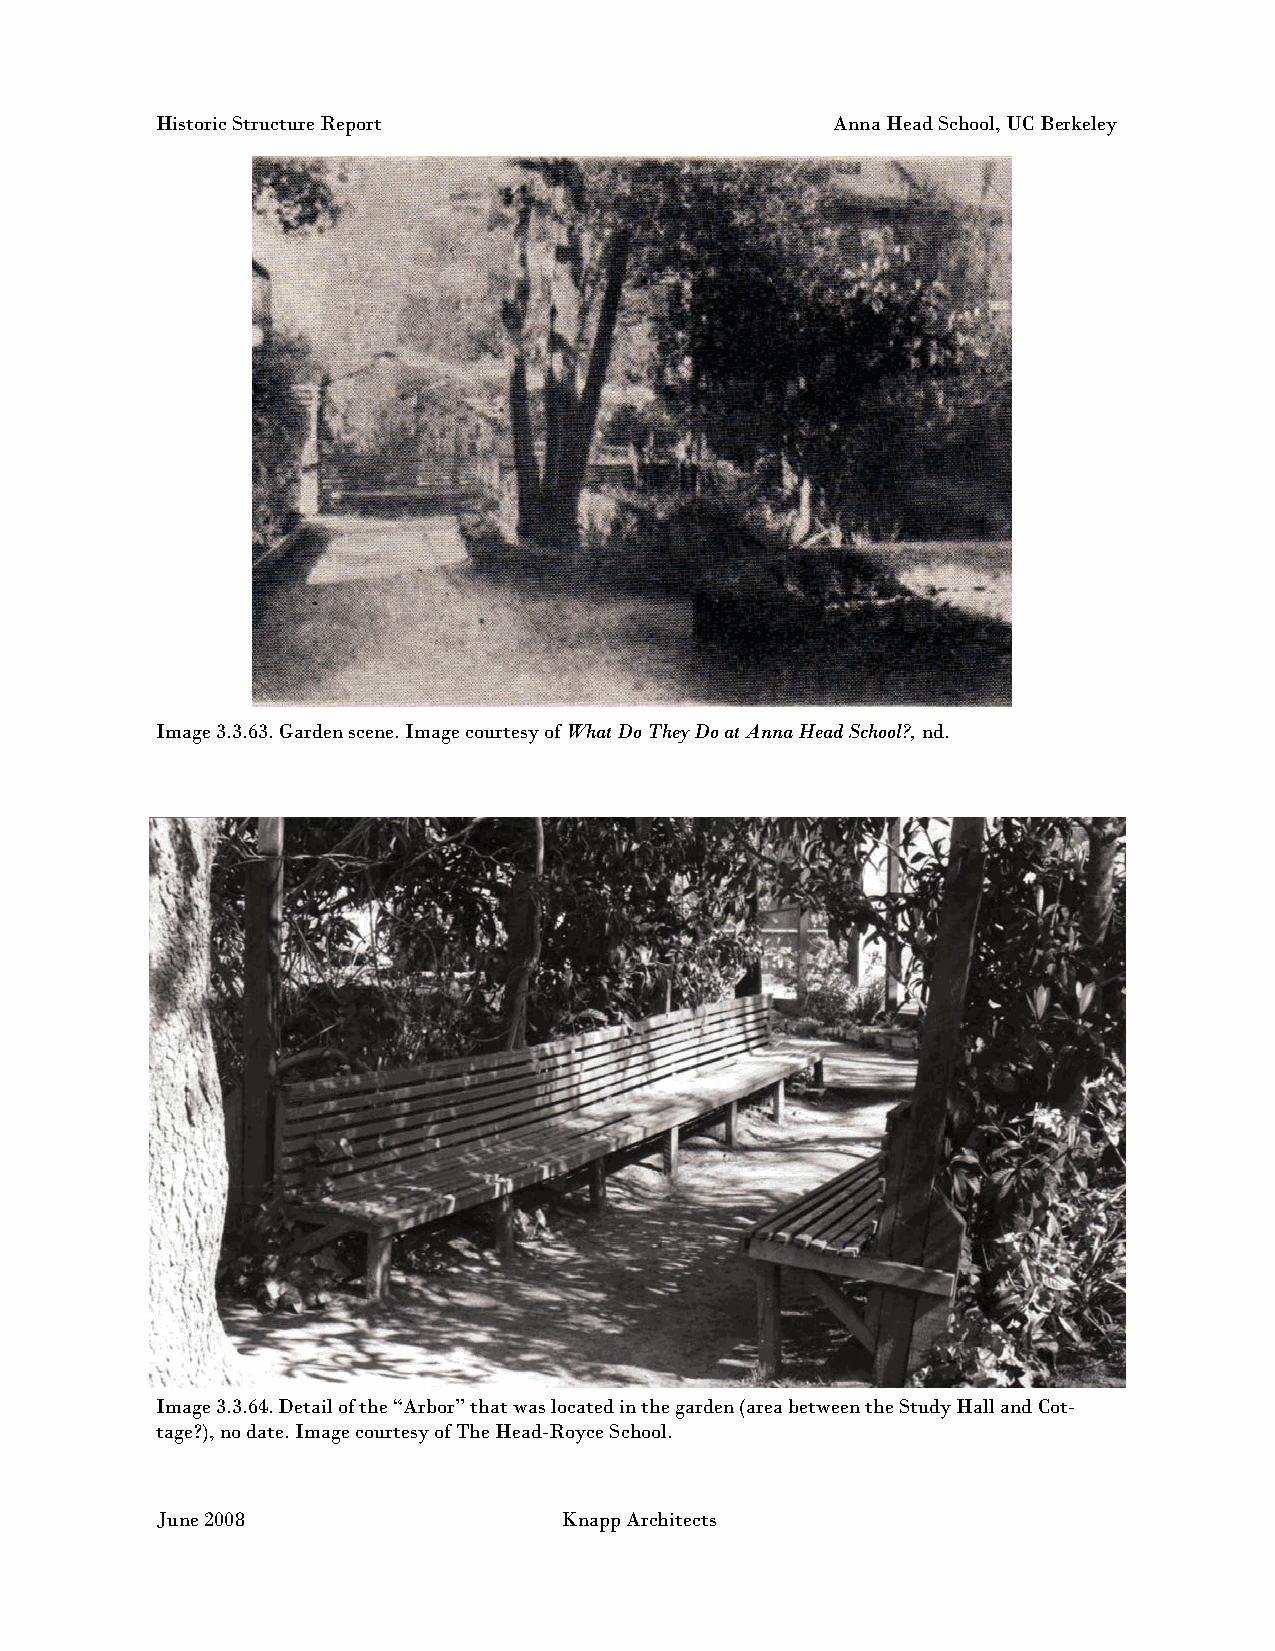
Historic Structure Report                    Anna Head School, UC Berkeley
 Image 3.3.63. Garden scene. Image courtesy of What Do They Do at Anna Head School?, nd.
 Image 3.3.64. Detail of the “Arbor” that was located in the garden (area between the Study Hall and Cot-
 tage?), no date. Image courtesy of The Head-Royce School.
 June 2008                  Knapp Architects